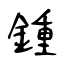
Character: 鍾